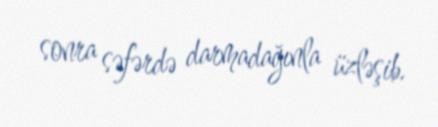
sonra səfərdə darmadağınla üzləşib.